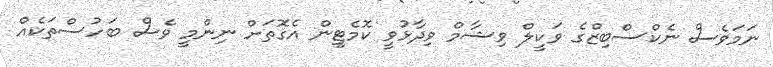
ނަމަވެސް ނެކްސްބިޒްގެ ވަކީލް ވިޝާމް ވިދާޅުވީ ކޮމެޓީން އެގޮތަށް ނިންމީ ވެސް ބަހުސްތަކެއް